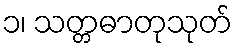
၁၊ သတ္တဓာတုသုတ်